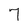
Character: 7